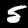
Label: 5